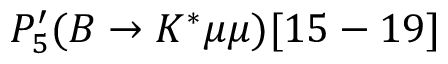
P _ { 5 } ^ { \prime } ( B \to K ^ { * } \mu \mu ) [ 1 5 - 1 9 ]